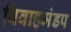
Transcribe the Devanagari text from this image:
विवाहमंडप